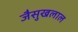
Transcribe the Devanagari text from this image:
जैसुखलाल